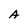
Character: A